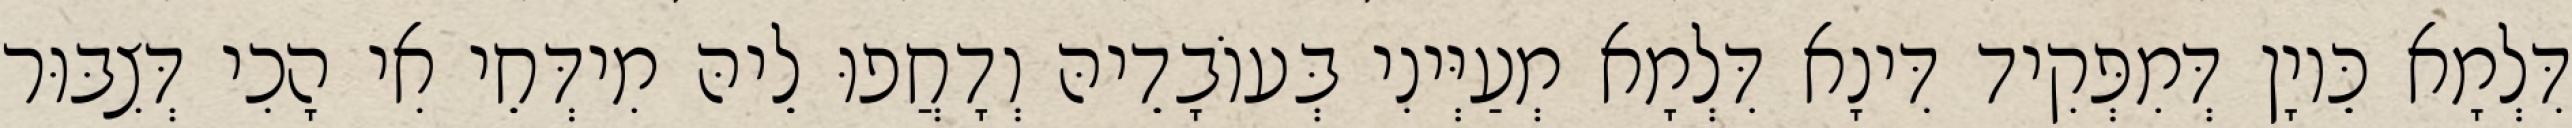
דִּלְמָא כֵּיוָן דְּמִפְּקִיד דִּינָא דִּלְמָא מְעַיְּינִי בְּעוֹבָדֵיהּ וְדָחֲפוּ לֵיהּ מִידְּחֵי אִי הָכִי דְּצִבּוּר